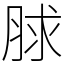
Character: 脙